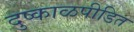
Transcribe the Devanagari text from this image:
दुष्काळपीडित